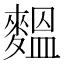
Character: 𪍝